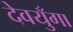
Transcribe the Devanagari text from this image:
देवयुँगा